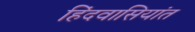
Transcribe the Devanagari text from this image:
हिंदवासियांत